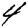
Digit: 4